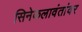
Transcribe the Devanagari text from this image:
सिनेकलावंतांवर